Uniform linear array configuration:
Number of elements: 48
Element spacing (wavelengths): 0.5
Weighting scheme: hamming
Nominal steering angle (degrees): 15
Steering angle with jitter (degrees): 16.973
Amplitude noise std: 0.05
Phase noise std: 0.05

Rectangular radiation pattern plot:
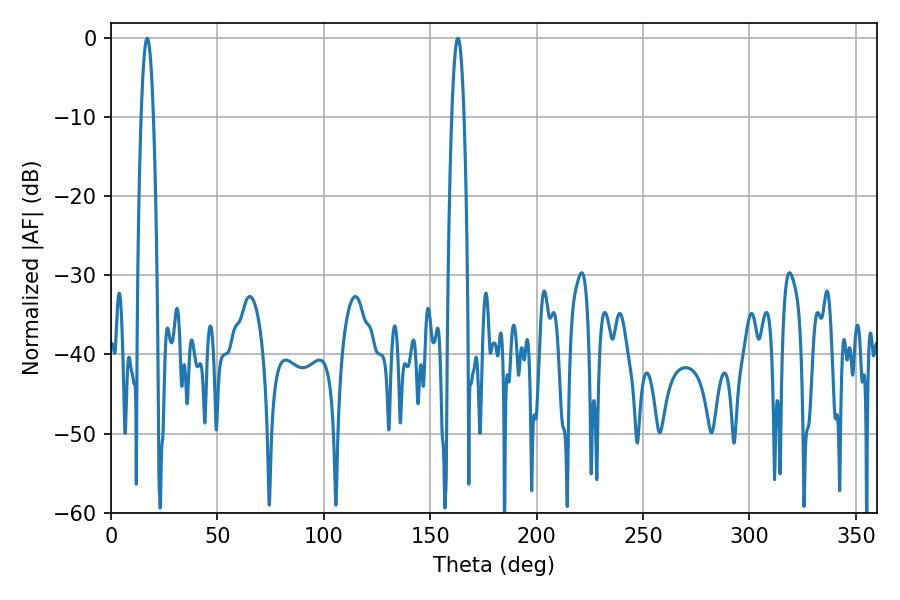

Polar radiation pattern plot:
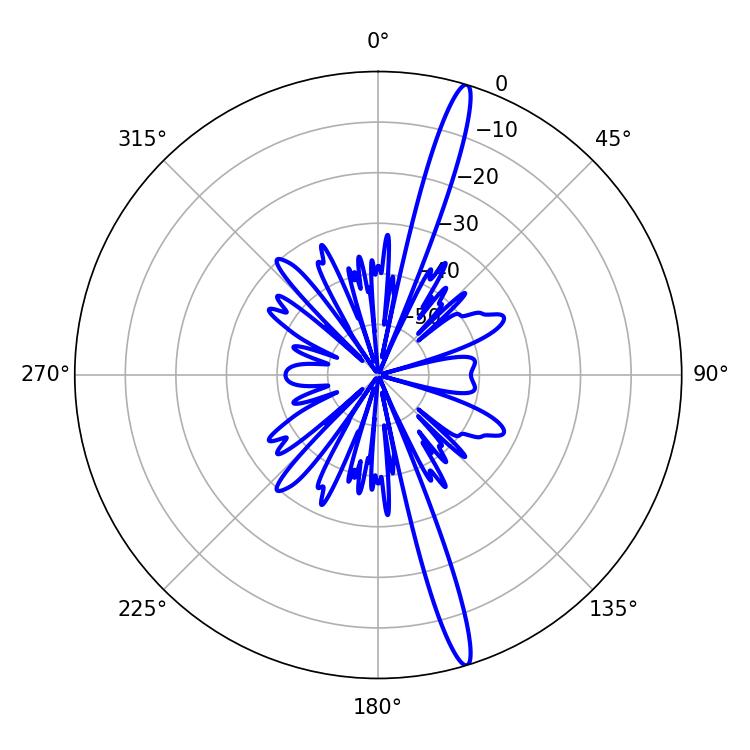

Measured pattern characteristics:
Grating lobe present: FALSE
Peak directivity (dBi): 17.543
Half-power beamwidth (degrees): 3.06
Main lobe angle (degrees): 16.92